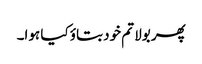
پھر بولا تم خود بتاؤ کیا ہوا۔